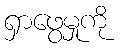
ရှာဖွေမှုကို